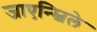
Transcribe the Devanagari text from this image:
जाएन्स्विले